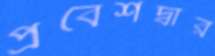
প্রবেশদ্বার